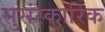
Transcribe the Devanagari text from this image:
सुसंस्कारिक